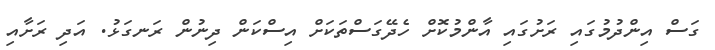
ގަސް އިންދުމުގައި ރަށުގައި އާންމުކޮށް ހެދޭގަސްތަކަށް އިސްކަން ދިނުން ރަނގަޅު. އަދި ރަށާއި